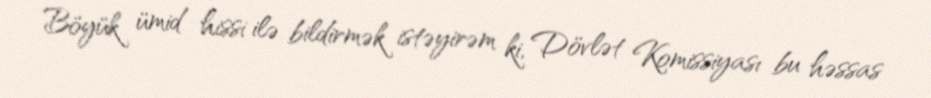
Böyük ümid hissi ilə bildirmək istəyirəm ki, Dövlət Komissiyası bu həssas